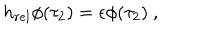
h _ { r e l } \phi ( \tau _ { 2 } ) = \epsilon \phi ( \tau _ { 2 } ) \ ,